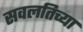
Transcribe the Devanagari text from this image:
सवलतिच्या